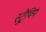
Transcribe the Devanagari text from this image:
स्ट्रैथिर्न